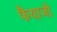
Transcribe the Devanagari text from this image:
फैयाजी